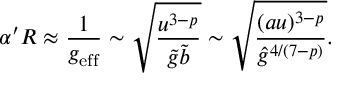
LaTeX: \alpha ^ { \prime } R \approx \frac { 1 } { g _ { \mathrm { e f f } } } \sim \sqrt { \frac { u ^ { 3 - p } } { \tilde { g } \tilde { b } } } \sim \sqrt { \frac { ( a u ) ^ { 3 - p } } { { \hat { g } } ^ { 4 / ( 7 - p ) } } } .